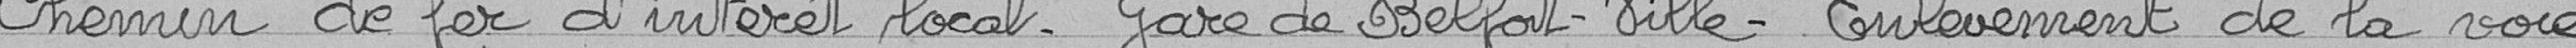
Chemin de fer d'intérêt local - Gare de Belfort-ville - Enlèvement de la voie